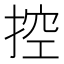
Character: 控